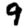
Digit: 9